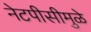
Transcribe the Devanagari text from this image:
नेटपीसीमुळे